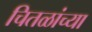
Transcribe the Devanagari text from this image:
चितळांच्या